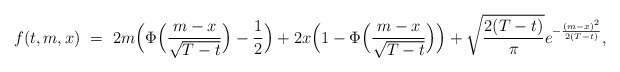
\begin{align*}f(t,m,x) \ = \ 2m \Big(\Phi\Big(\frac{m-x}{\sqrt{T-t}}\Big) - \frac{1}{2}\Big) + 2x \Big(1 - \Phi\Big(\frac{m-x}{\sqrt{T-t}}\Big)\Big) + \sqrt{\frac{2(T-t)}{\pi}} e^{-\frac{(m-x)^2}{2(T-t)}},\end{align*}